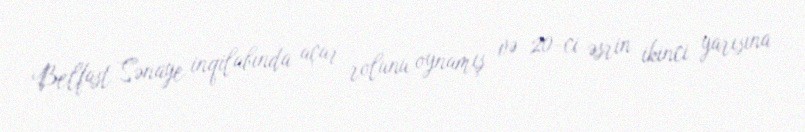
Belfast Sənaye inqilabında açar rolunu oynamış və 20-ci əsrin ikinci yarısına